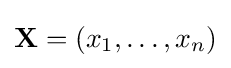
\mathbf {X} =(x_{1},\ldots ,x_{n})